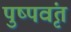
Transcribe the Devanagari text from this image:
पुष्पवृंत